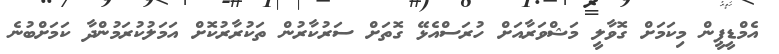
އެމްޑީޕީން މިކަމަށް ގޮވާލީ މަޝްވަރާއަށް ހުރަސްއެޅޭ ގޮތަށް ސަރުކާރުން ތަކުރާރުކޮށް އަމަލުކުރަމުންދާ ކަމަށްބުނެ